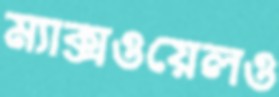
ম্যাক্সওয়েলও